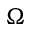
\Omega